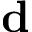
\mathbf { d }